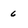
Character: 6